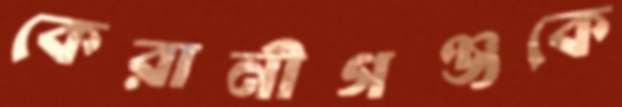
কেরানীগঞ্জকে